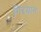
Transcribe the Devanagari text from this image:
गिरयान